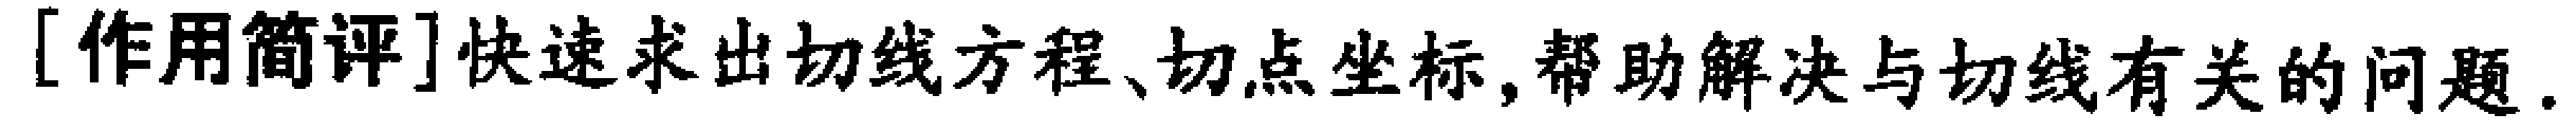
[作用简评]快速求出切线方程、切点坐标,帮助解决与切线有关的问题.